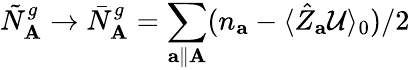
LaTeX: \tilde{N}_{\mathbf{A}}^{g}\rightarrow\bar{N}_{\mathbf{A}}^{g}=\sum_{\mathbf{a}\parallel\mathbf{A}}(n_{\mathbf{a}}-\langle\hat{Z}_{\mathbf{a}}\mathcal{U}\rangle_{0})/2